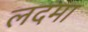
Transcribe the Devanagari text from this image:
लदमा